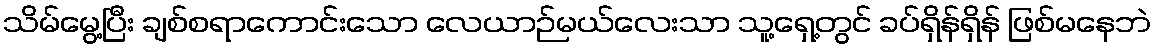
သိမ်မွေ့ပြီး ချစ်စရာကောင်းသော လေယာဉ်မယ်လေးသာ သူ့ရှေ့တွင် ခပ်ရှိန်ရှိန် ဖြစ်မနေဘဲ